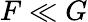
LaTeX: F\ll G